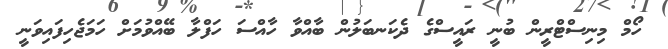
ހޯމް މިނިސްޓްރީން ބުނީ ރައީސްގެ ދެކަނބަލުން ބާއްވާ ހާއްސަ ހަފްލާ ބޭއްވުމަށް ހަމަޖެހިފައިވަނީ